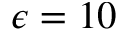
\epsilon = 1 0